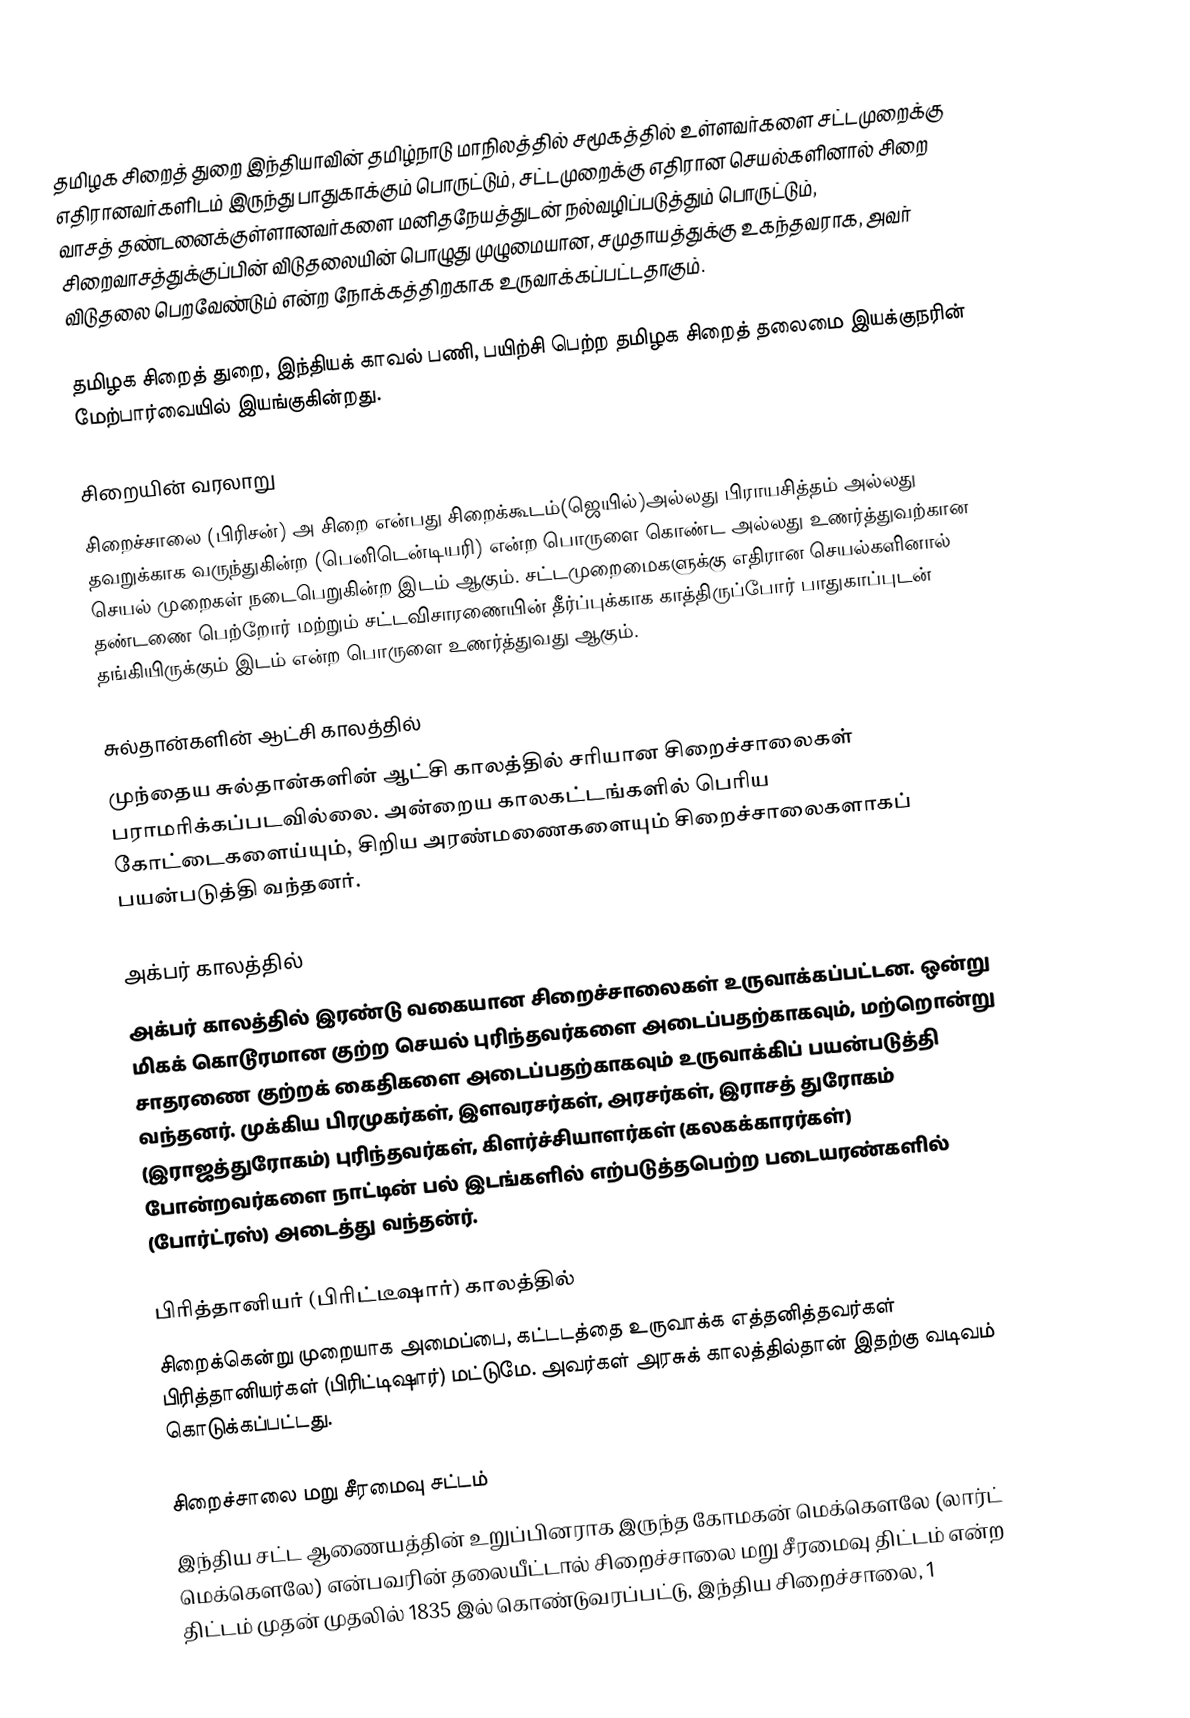
தமிழக சிறைத் துறை இந்தியாவின் தமிழ்நாடு மாநிலத்தில் சமூகத்தில் உள்ளவர்களை சட்டமுறைக்கு எதிரானவர்களிடம் இருந்து பாதுகாக்கும் பொருட்டும், சட்டமுறைக்கு எதிரான செயல்களினால் சிறை வாசத் தண்டனைக்குள்ளானவர்களை மனிதநேயத்துடன் நல்வழிப்படுத்தும் பொருட்டும், சிறைவாசத்துக்குப்பின் விடுதலையின் பொழுது முழுமையான, சமுதாயத்துக்கு உகந்தவராக, அவர் விடுதலை பெறவேண்டும் என்ற நோக்கத்திறகாக உருவாக்கப்பட்டதாகும்.

தமிழக சிறைத் துறை, இந்தியக் காவல் பணி, பயிற்சி பெற்ற தமிழக சிறைத் தலைமை இயக்குநரின் மேற்பார்வையில் இயங்குகின்றது.

சிறையின் வரலாறு
சிறைச்சாலை (பிரிசன்) அ சிறை என்பது சிறைக்கூடம்(ஜெயில்)அல்லது பிராயசித்தம் அல்லது தவறுக்காக வருந்துகின்ற (பெனிடென்டியரி) என்ற பொருளை கொண்ட அல்லது உணர்த்துவற்கான செயல் முறைகள் நடைபெறுகின்ற இடம் ஆகும். சட்டமுறைமைகளுக்கு எதிரான செயல்களினால் தண்டணை பெற்றோர் மற்றும் சட்டவிசாரணையின் தீர்ப்புக்காக காத்திருப்போர் பாதுகாப்புடன் தங்கியிருக்கும் இடம் என்ற பொருளை உணர்த்துவது ஆகும்.

சுல்தான்களின் ஆட்சி காலத்தில்
முந்தைய சுல்தான்களின் ஆட்சி காலத்தில் சரியான சிறைச்சாலைகள் பராமரிக்கப்படவில்லை. அன்றைய காலகட்டங்களில் பெரிய கோட்டைகளைய்யும், சிறிய அரண்மணைகளையும் சிறைச்சாலைகளாகப் பயன்படுத்தி வந்தனர்.

அக்பர் காலத்தில்
அக்பர் காலத்தில் இரண்டு வகையான சிறைச்சாலைகள்  உருவாக்கப்பட்டன. ஒன்று மிகக் கொடூரமான குற்ற செயல் புரிந்தவர்களை அடைப்பதற்காகவும், மற்றொன்று சாதரணை குற்றக் கைதிகளை அடைப்பதற்காகவும் உருவாக்கிப் பயன்படுத்தி வந்தனர். முக்கிய பிரமுகர்கள், இளவரசர்கள், அரசர்கள், இராசத் துரோகம் (இராஜத்துரோகம்) புரிந்தவர்கள், கிளர்ச்சியாளர்கள் (கலகக்காரர்கள்) போன்றவர்களை நாட்டின் பல் இடங்களில் எற்படுத்தபெற்ற படையரண்களில் (போர்ட்ரஸ்) அடைத்து வந்தன்ர்.

பிரித்தானியர் (பிரிட்டீஷார்) காலத்தில்
சிறைக்கென்று முறையாக அமைப்பை, கட்டடத்தை உருவாக்க எத்தனித்தவர்கள் பிரித்தானியர்கள் (பிரிட்டிஷார்) மட்டுமே. அவர்கள் அரசுக் காலத்தில்தான் இதற்கு வடிவம் கொடுக்கப்பட்டது.

சிறைச்சாலை மறு சீரமைவு சட்டம்
இந்திய சட்ட ஆணையத்தின் உறுப்பினராக இருந்த கோமகன் மெக்கௌலே (லார்ட் மெக்கௌலே)  என்பவரின் தலையீட்டால் சிறைச்சாலை மறு சீரமைவு திட்டம் என்ற திட்டம் முதன் முதலில் 1835 இல் கொண்டுவரப்பட்டு, இந்திய சிறைச்சாலை, 1